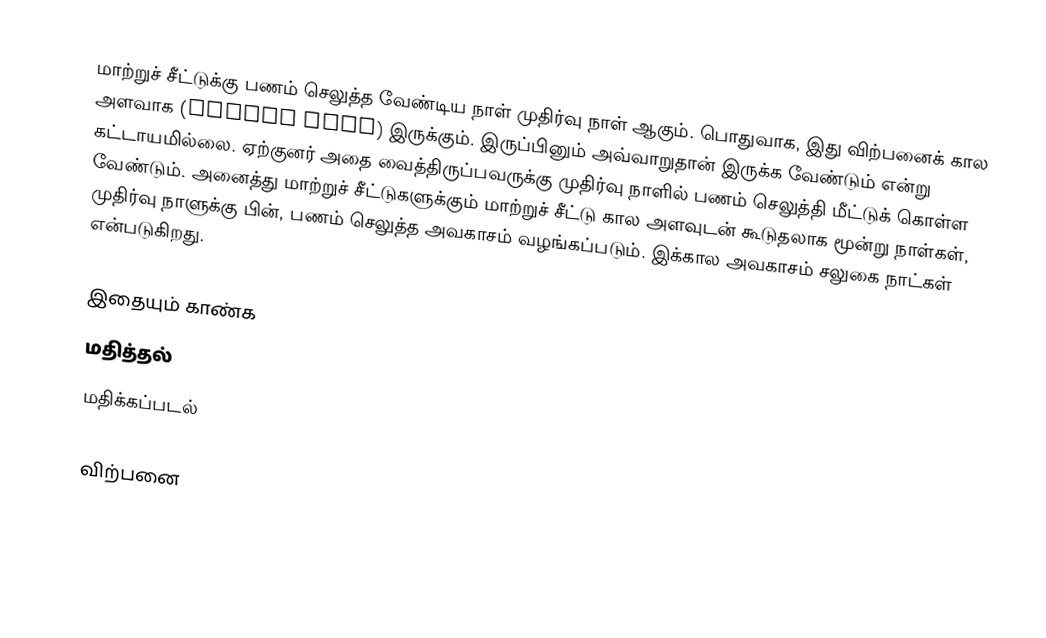
மாற்றுச் சீட்டுக்கு பணம் செலுத்த வேண்டிய நாள் முதிர்வு நாள் ஆகும். பொதுவாக, இது விற்பனைக் கால அளவாக (Credit Term) இருக்கும். இருப்பினும் அவ்வாறுதான் இருக்க வேண்டும் என்று கட்டாயமில்லை. ஏற்குனர் அதை வைத்திருப்பவருக்கு முதிர்வு நாளில் பணம் செலுத்தி  மீட்டுக் கொள்ள வேண்டும். அனைத்து மாற்றுச் சீட்டுகளுக்கும் மாற்றுச் சீட்டு கால அளவுடன் கூடுதலாக மூன்று நாள்கள், முதிர்வு நாளுக்கு பின், பணம் செலுத்த அவகாசம் வழங்கப்படும். இக்கால அவகாசம்  சலுகை நாட்கள் என்படுகிறது.

இதையும் காண்க
 மதித்தல்
 மதிக்கப்படல்

விற்பனை